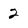
Character: 2